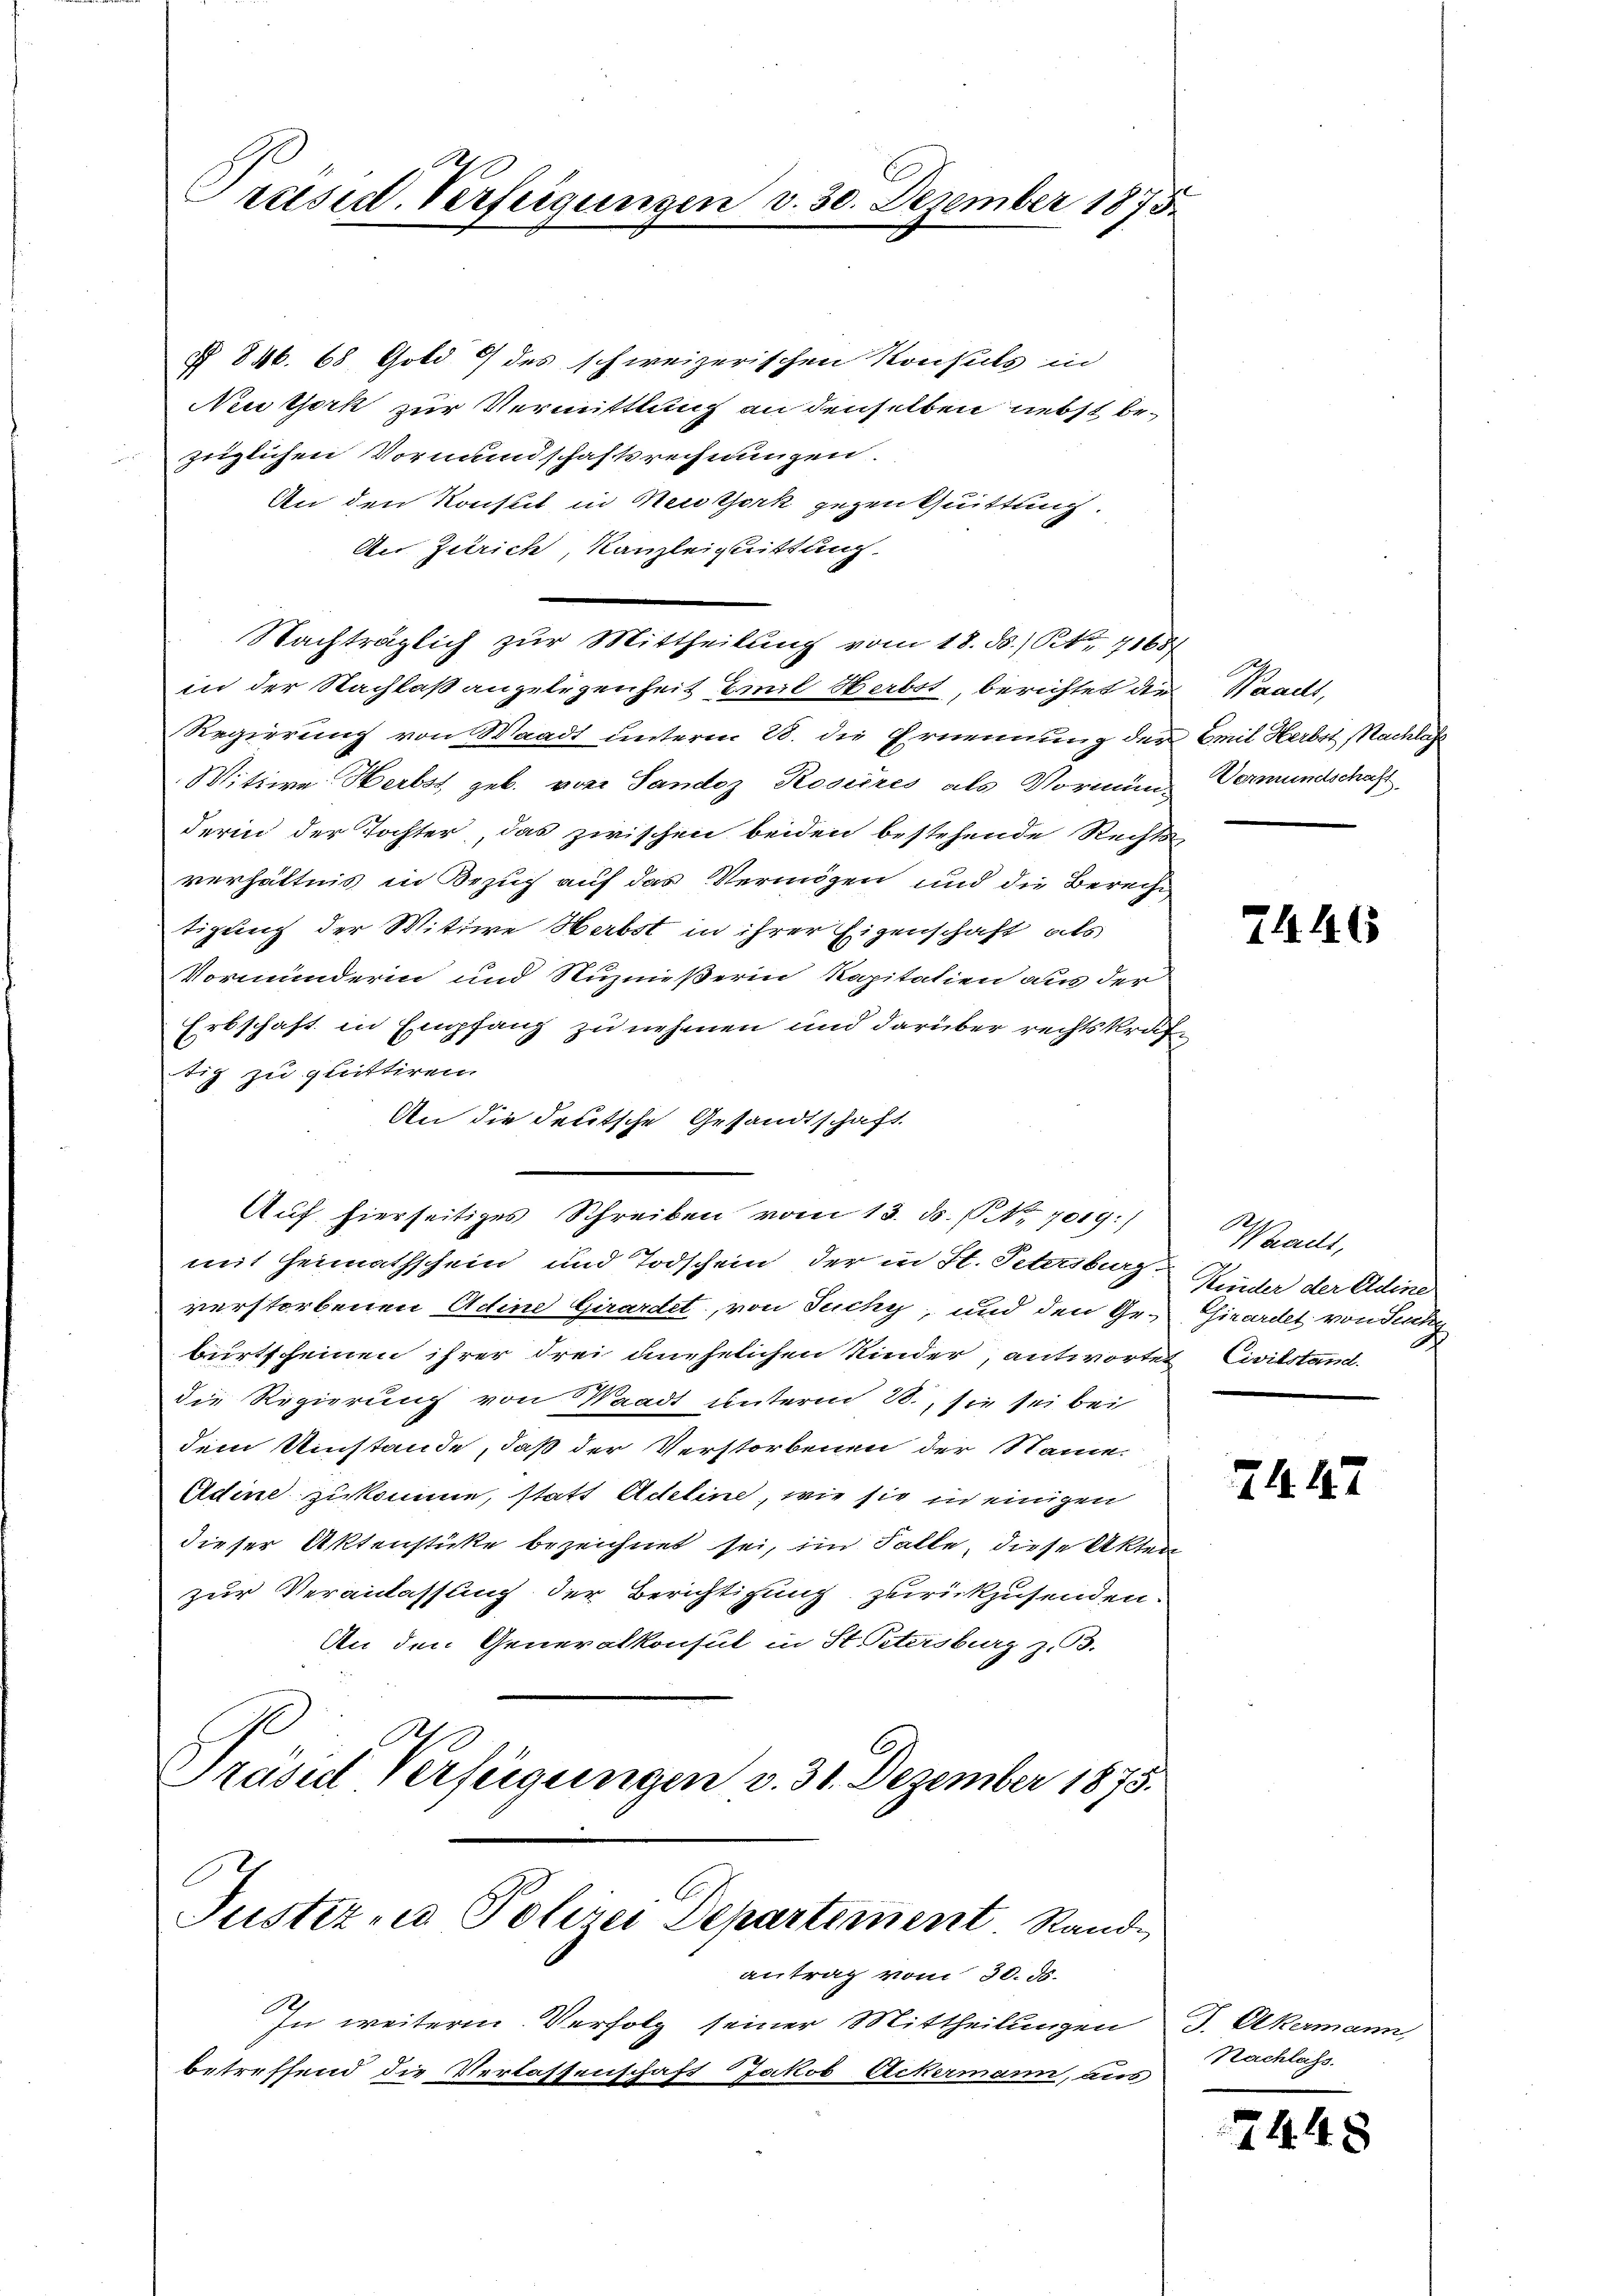
Justiz, Polizei Departement Randantrag vom 30. ds.

10.
Präsid. Verfeigungen v. 30. Dezember 1875

§ 846. 68 Gold 9 des schweizerischen Konsuls in
New York zur Vermittlung an denselben nebst bezüglichen Vormundschaftsrechnungen.
An den Konseit in Neuthork gegen Quittung.
An Zürich, Kanzleiguittung
in der Nachlaß angelegenheit Emil Herbst, berichtet die Waadt,
Regierung von Waadt unterm 28. die Ernennung der Emil Herbst Nachlich
Wittwe Herbst geb. von Sandoz Roseres als Vormung Vermundschaft,
derin der Tochter, das zwischen beiden bestehende Rechts-
verhältnis in Bezug auf das Vermögen und die Berecht
tigung der Wittwe Habst in ihrer Eigenschaft als
Vormunderin und Stuznießerin Kapitalien aus der
Erbschaft in Empfang zu nehmen und darüber rechtskräftig zu quittiren.
An die deutsche Gesandtschaft
Auf hierseitiges Schreiben vom 13. ds. No. 7019:/
mit Heimathschein und Todschein, der in St. Petersburg-
verstorbenen Adine Girardet, von Tuchy, und den Ge- Girardet von Stun
birtscheinen ihrer drei unehelichen Kinder, antwortet Civilstand.
die Regierung von Waadt unterm 20., sie sei bei
dem Umstände, daß der Verstorbenen der Name
Adine zukomme, statt Adeline, wie sie in einigen
dieser Aktenstüke bezeichnet sei, im Falle, diese Akten
zur Veranlassung der Berichtigung zurückzusenden.
An den Generalkonsul in St. Petersburg z. B.
Präsid Verfügungen v. 31. Dezember 1875.

Nachträglich zur Mittheilung vom 18. ds.) S. 71687

In weitere Verfolg seiner Mittheilungen
betreffend die Verlassenschaft Jakob Ackermann, aus

71. 116

Waadt,
Kinder der Adine

7447

Akermann,
Nachlass.

2448